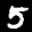
Label: 5